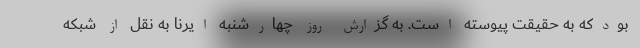
بودکه به حقیقت پیوسته است. به گزارش روز چهارشنبه ایرنا به نقل از شبکه